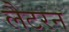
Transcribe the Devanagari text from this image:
लैटरन